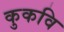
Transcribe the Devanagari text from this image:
कुकवि